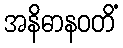
အနိဓာနဝတိံ